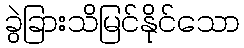
ခွဲခြားသိမြင်နိုင်သော